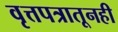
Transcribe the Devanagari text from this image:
वृत्तपत्रातूनही